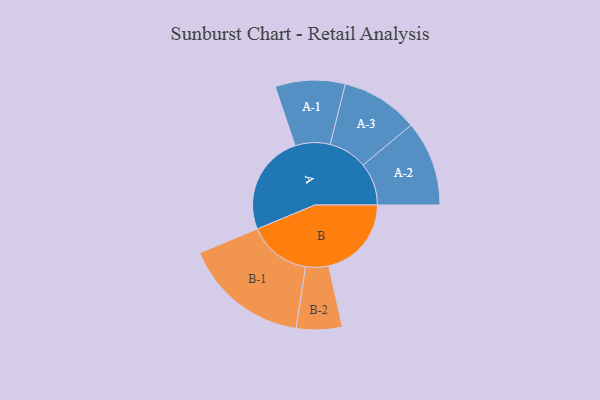
{"axis": {"x": "Segment", "y": "Value"}, "legend": ["", "A", "B"], "data": [{"x": "A", "y": 475, "type": ""}, {"x": "B", "y": 391, "type": ""}, {"x": "A-1", "y": 165, "type": "A"}, {"x": "A-2", "y": 201, "type": "A"}, {"x": "A-3", "y": 183, "type": "A"}, {"x": "B-1", "y": 297, "type": "B"}, {"x": "B-2", "y": 108, "type": "B"}]}